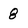
Character: 8